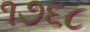
૧૭૬૮